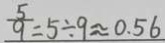
\frac { 5 } { 9 } = 5 \div 9 \approx 0 . 5 6